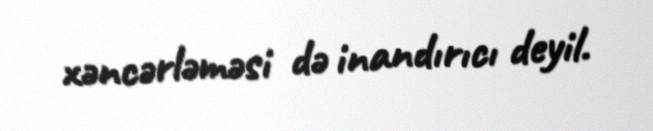
xəncərləməsi də inandırıcı deyil.